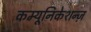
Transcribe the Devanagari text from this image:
कम्यूनिकेशन्ज़